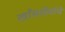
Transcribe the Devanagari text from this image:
खाँसाहेबांचे